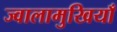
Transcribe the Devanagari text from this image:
ज्वालामुखियाँ